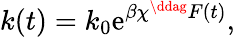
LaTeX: k(t)=k_{0}\mathrm{e}^{\beta\chi^{\ddag}F(t)},